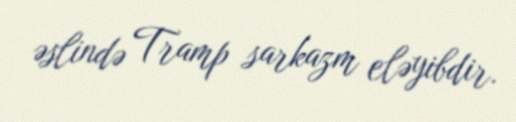
əslində Tramp sarkazm eləyibdir.